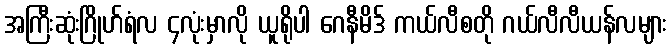
အကြီးဆုံးဂြိုဟ်ရံလ ၄လုံးမှာလို ယူရိုပါ ဂေနီမိဒ် ကယ်လီစတို ဂယ်လီလီယန်လများ